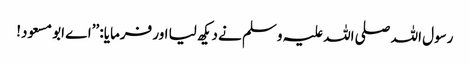
رسول اللہ صلی اللہ علیہ وسلم نے دیکھ لیا اور فرمایا: ’’اے ابو مسعود!